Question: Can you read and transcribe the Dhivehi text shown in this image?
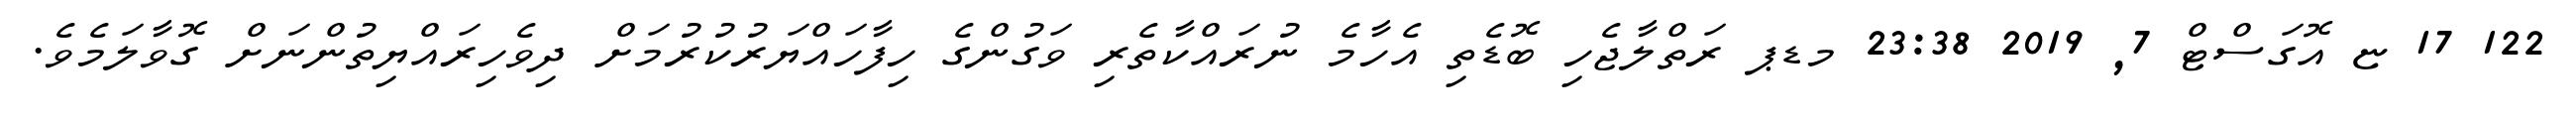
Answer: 122 17 ޏ އޮގަސްޓް 7, 2019 23:38 މޑޕ ރަތްލާޖެހި ބޮޑެތި އެހާމެ ނުރައްކާތެރި ވަގުންގެ ހިފާހައްޔަރުކުރުމަށް ދިވެހިރައްޔިތުންނަށް ގޮވާލަމެވެ.